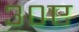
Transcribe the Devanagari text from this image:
३०ए